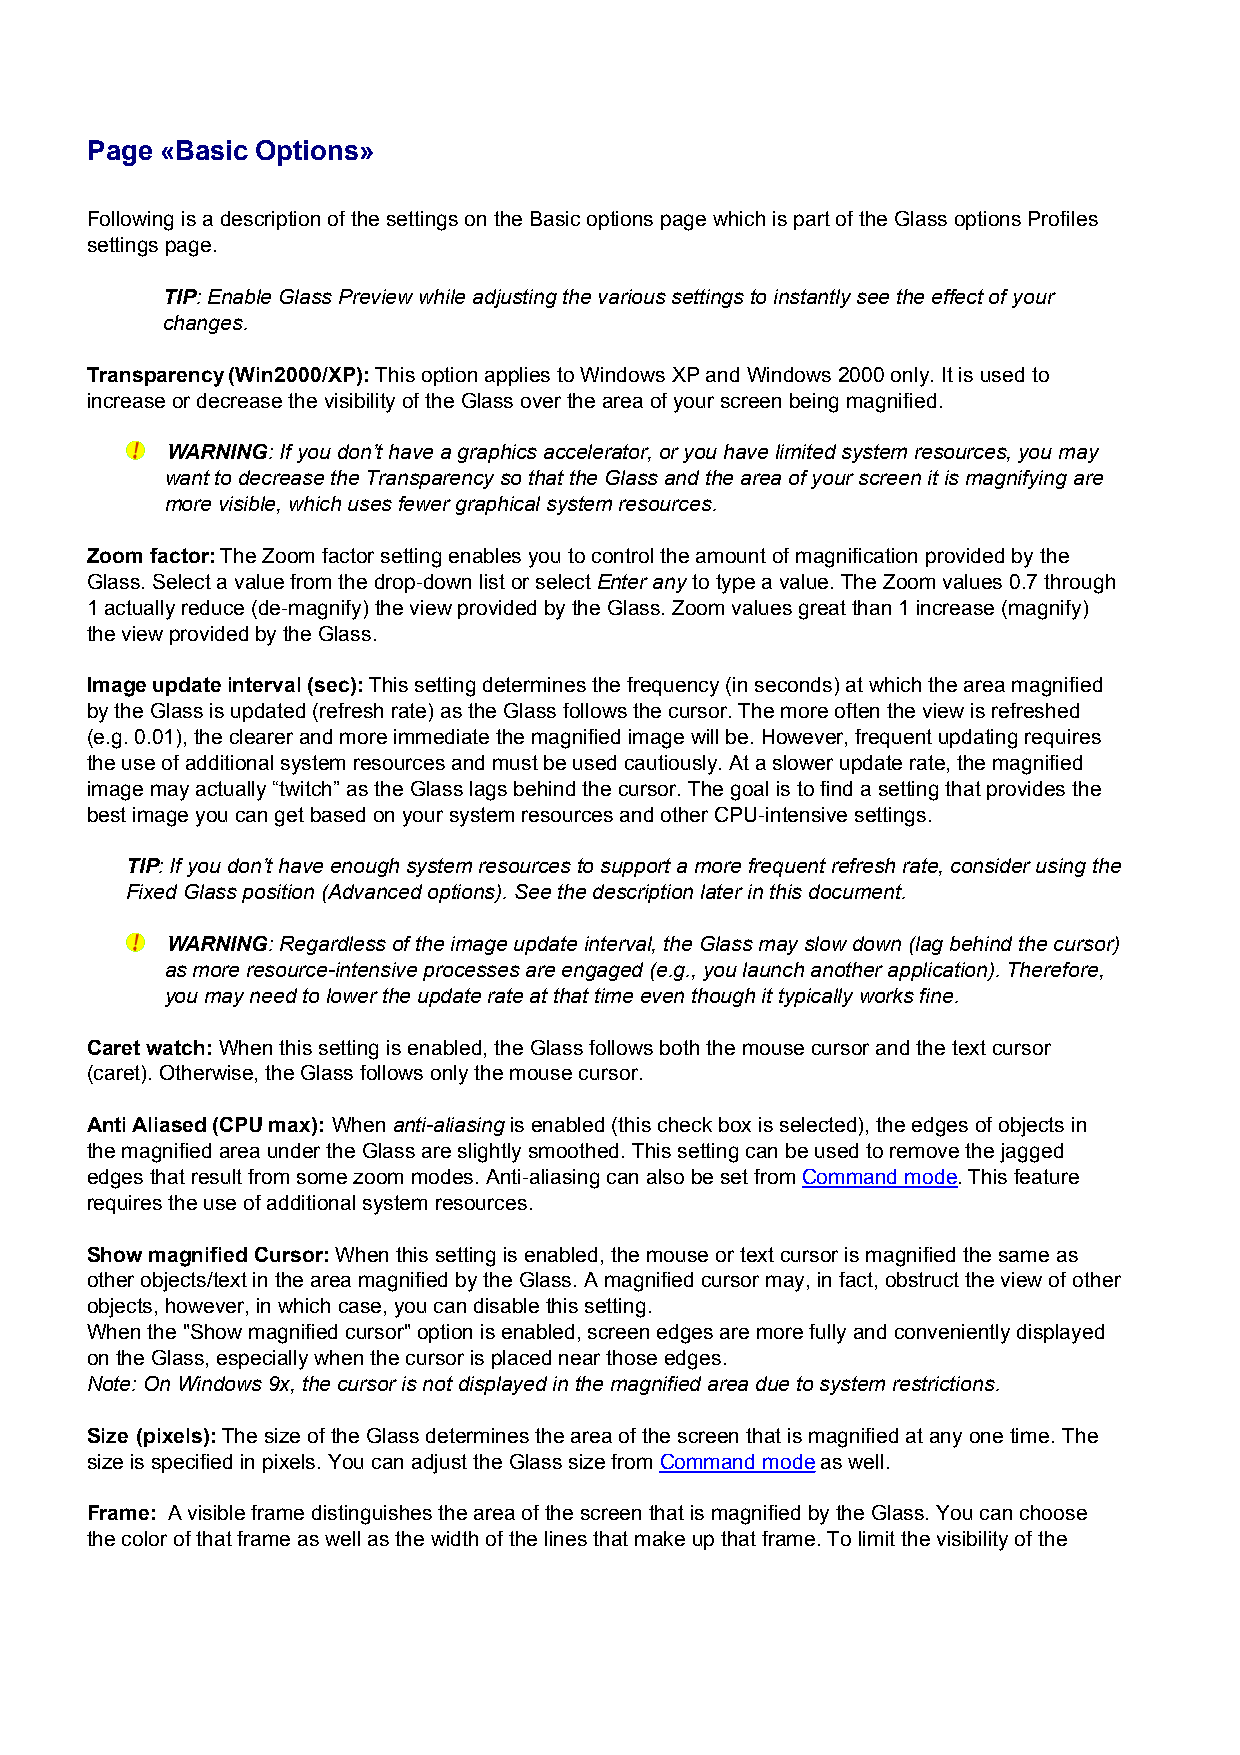
Page «Basic Options»
 Following is a description of the settings on the Basic options page which is part of the Glass options Profiles
 settings page.
 TIP: Enable Glass Preview while adjusting the various settings to instantly see the effect of your
 changes.
 Transparency (Win2000/XP): This option applies to Windows XP and Windows 2000 only. It is used to
 increase or decrease the visibility of the Glass over the area of your screen being magnified.
 WARNING: If you don’t have a graphics accelerator, or you have limited system resources, you may
 want to decrease the Transparency so that the Glass and the area of your screen it is magnifying are
 more visible, which uses fewer graphical system resources.
 Zoom factor: The Zoom factor setting enables you to control the amount of magnification provided by the
 Glass. Select a value from the drop-down list or select Enter any to type a value. The Zoom values 0.7 through
 1 actually reduce (de-magnify) the view provided by the Glass. Zoom values great than 1 increase (magnify)
 the view provided by the Glass.
 Image update interval (sec): This setting determines the frequency (in seconds) at which the area magnified
 by the Glass is updated (refresh rate) as the Glass follows the cursor. The more often the view is refreshed
 (e.g. 0.01), the clearer and more immediate the magnified image will be. However, frequent updating requires
 the use of additional system resources and must be used cautiously. At a slower update rate, the magnified
 image may actually “twitch” as the Glass lags behind the cursor. The goal is to find a setting that provides the
 best image you can get based on your system resources and other CPU-intensive settings.
 TIP: If you don’t have enough system resources to support a more frequent refresh rate, consider using the
 Fixed Glass position (Advanced options). See the description later in this document.
 WARNING: Regardless of the image update interval, the Glass may slow down (lag behind the cursor)
 as more resource-intensive processes are engaged (e.g., you launch another application). Therefore,
 you may need to lower the update rate at that time even though it typically works fine.
 Caret watch: When this setting is enabled, the Glass follows both the mouse cursor and the text cursor
 (caret). Otherwise, the Glass follows only the mouse cursor.
 Anti Aliased (CPU max): When anti-aliasing is enabled (this check box is selected), the edges of objects in
 the magnified area under the Glass are slightly smoothed. This setting can be used to remove the jagged
 edges that result from some zoom modes. Anti-aliasing can also be set from Command mode. This feature
 requires the use of additional system resources.
 Show magnified Cursor: When this setting is enabled, the mouse or text cursor is magnified the same as
 other objects/text in the area magnified by the Glass. A magnified cursor may, in fact, obstruct the view of other
 objects, however, in which case, you can disable this setting.
 When the "Show magnified cursor" option is enabled, screen edges are more fully and conveniently displayed
 on the Glass, especially when the cursor is placed near those edges.
 Note: On Windows 9x, the cursor is not displayed in the magnified area due to system restrictions.
 Size (pixels): The size of the Glass determines the area of the screen that is magnified at any one time. The
 size is specified in pixels. You can adjust the Glass size from Command mode as well.
 Frame: A visible frame distinguishes the area of the screen that is magnified by the Glass. You can choose
 the color of that frame as well as the width of the lines that make up that frame. To limit the visibility of the